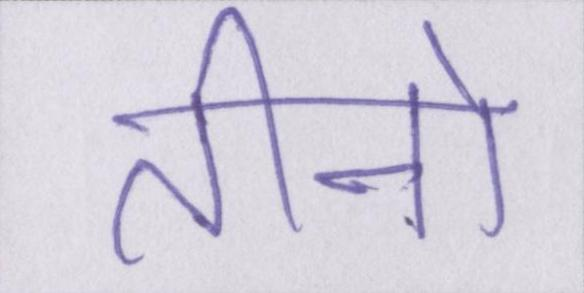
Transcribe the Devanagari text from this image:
तीनो